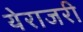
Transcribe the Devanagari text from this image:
येराजरी